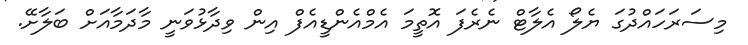
މިސަރަހައްދުގަ ޔެލޯ އެލާޓް ނެރެފަ އޮތީމަ އެމްއެންޑީއެފް އިން ވިދާޅުވަނީ މާދަމާއަށް ބަލާށޭ.